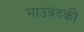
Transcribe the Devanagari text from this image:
भाउबंदकी